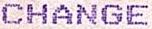
CHANGE